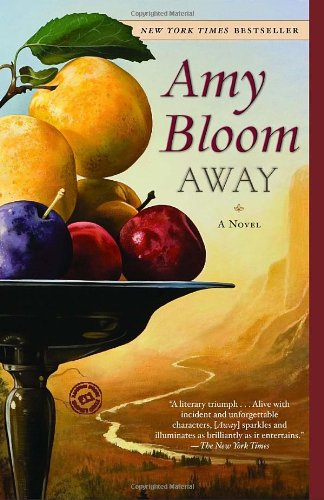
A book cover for Away: A Novel; Amy Bloom; Literature & Fiction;